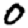
Digit: 0